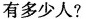
有多少人